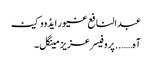
عبدالنافع غیور ایڈووکیٹ
آہ…….. پروفیسر عزیز مینگل ۔